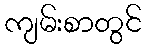
ကျမ်းစာတွင်